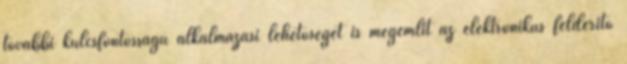
további kulcsfontosságú alkalmazási lehetőséget is megemlít az elektronikus felderítő